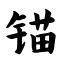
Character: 锚